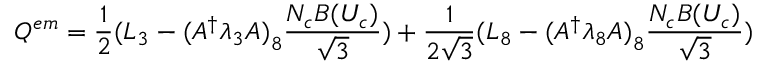
Q ^ { e m } = { \frac { 1 } { 2 } } ( L _ { 3 } - { ( A ^ { \dagger } \lambda _ { 3 } A ) } _ { 8 } { \frac { N _ { c } B ( U _ { c } ) } { \sqrt { 3 } } } ) + { \frac { 1 } { 2 \sqrt { 3 } } } ( L _ { 8 } - { ( A ^ { \dagger } \lambda _ { 8 } A ) } _ { 8 } { \frac { N _ { c } B ( U _ { c } ) } { \sqrt { 3 } } } )